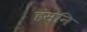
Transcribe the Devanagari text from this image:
हंसनि